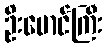
ဦးမောင်ကြီး